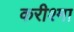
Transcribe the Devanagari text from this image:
करीश्मा